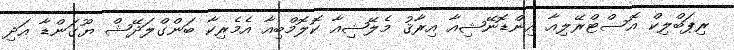
ރިޕަބްލިކް އޮސްޓްރޭލިއާ އިންޑޮނޭޝިއާ އިރާޤު މެލޭޝިއާ ކޮލޮމްބިއާ އެމެރިކާ ބަންގްލަދޭޝް ޔޫގަންޑާ އަދި